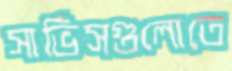
সার্ভিসগুলোতে